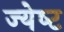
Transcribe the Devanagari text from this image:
ज्‍येष्‍ट